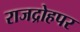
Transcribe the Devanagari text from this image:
राजद्रोहपर